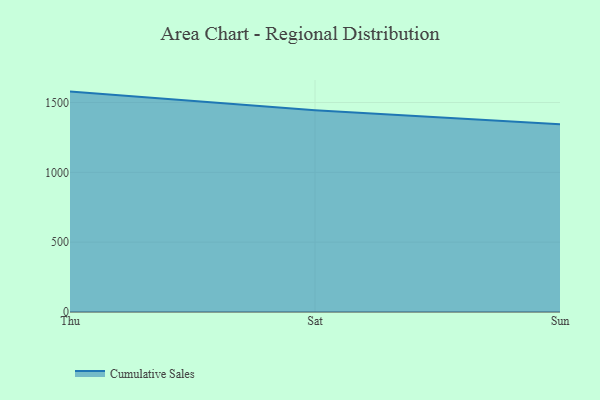
{"axis": {"x": "Day", "y": "Gross Profit (USD K)"}, "legend": ["Cumulative Sales"], "data": [{"x": "Thu", "y": 1578.1, "type": "Cumulative Sales"}, {"x": "Sat", "y": 1445.1, "type": "Cumulative Sales"}, {"x": "Sun", "y": 1344.1, "type": "Cumulative Sales"}]}